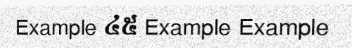
Example ៤៥ Example Example